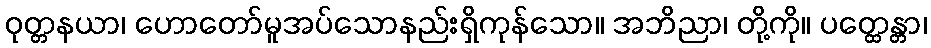
ဝုတ္တနယာ၊ ဟောတော်မူအပ်သောနည်းရှိကုန်သော။ အဘိညာ၊ တို့ကို။ ပတ္ထေန္တာ၊